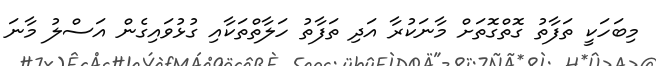
މިބަހަކީ ތަފާތު ގޮތްގޮތަށް މާނަކުރާ އަދި ތަފާތު ހަލާތްތަކާއި ގުޅުވައިގެން އަސްލު މާނަ